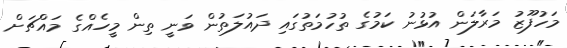
މަހުފޫޒު މަރާލަން އުޅުނު ކަމުގެ ތުހުމަތުގައި ދައުލަތުން ވަނީ ތިން މީހެއްގެ މައްޗަށް